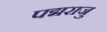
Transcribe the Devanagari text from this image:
पद्मराजु